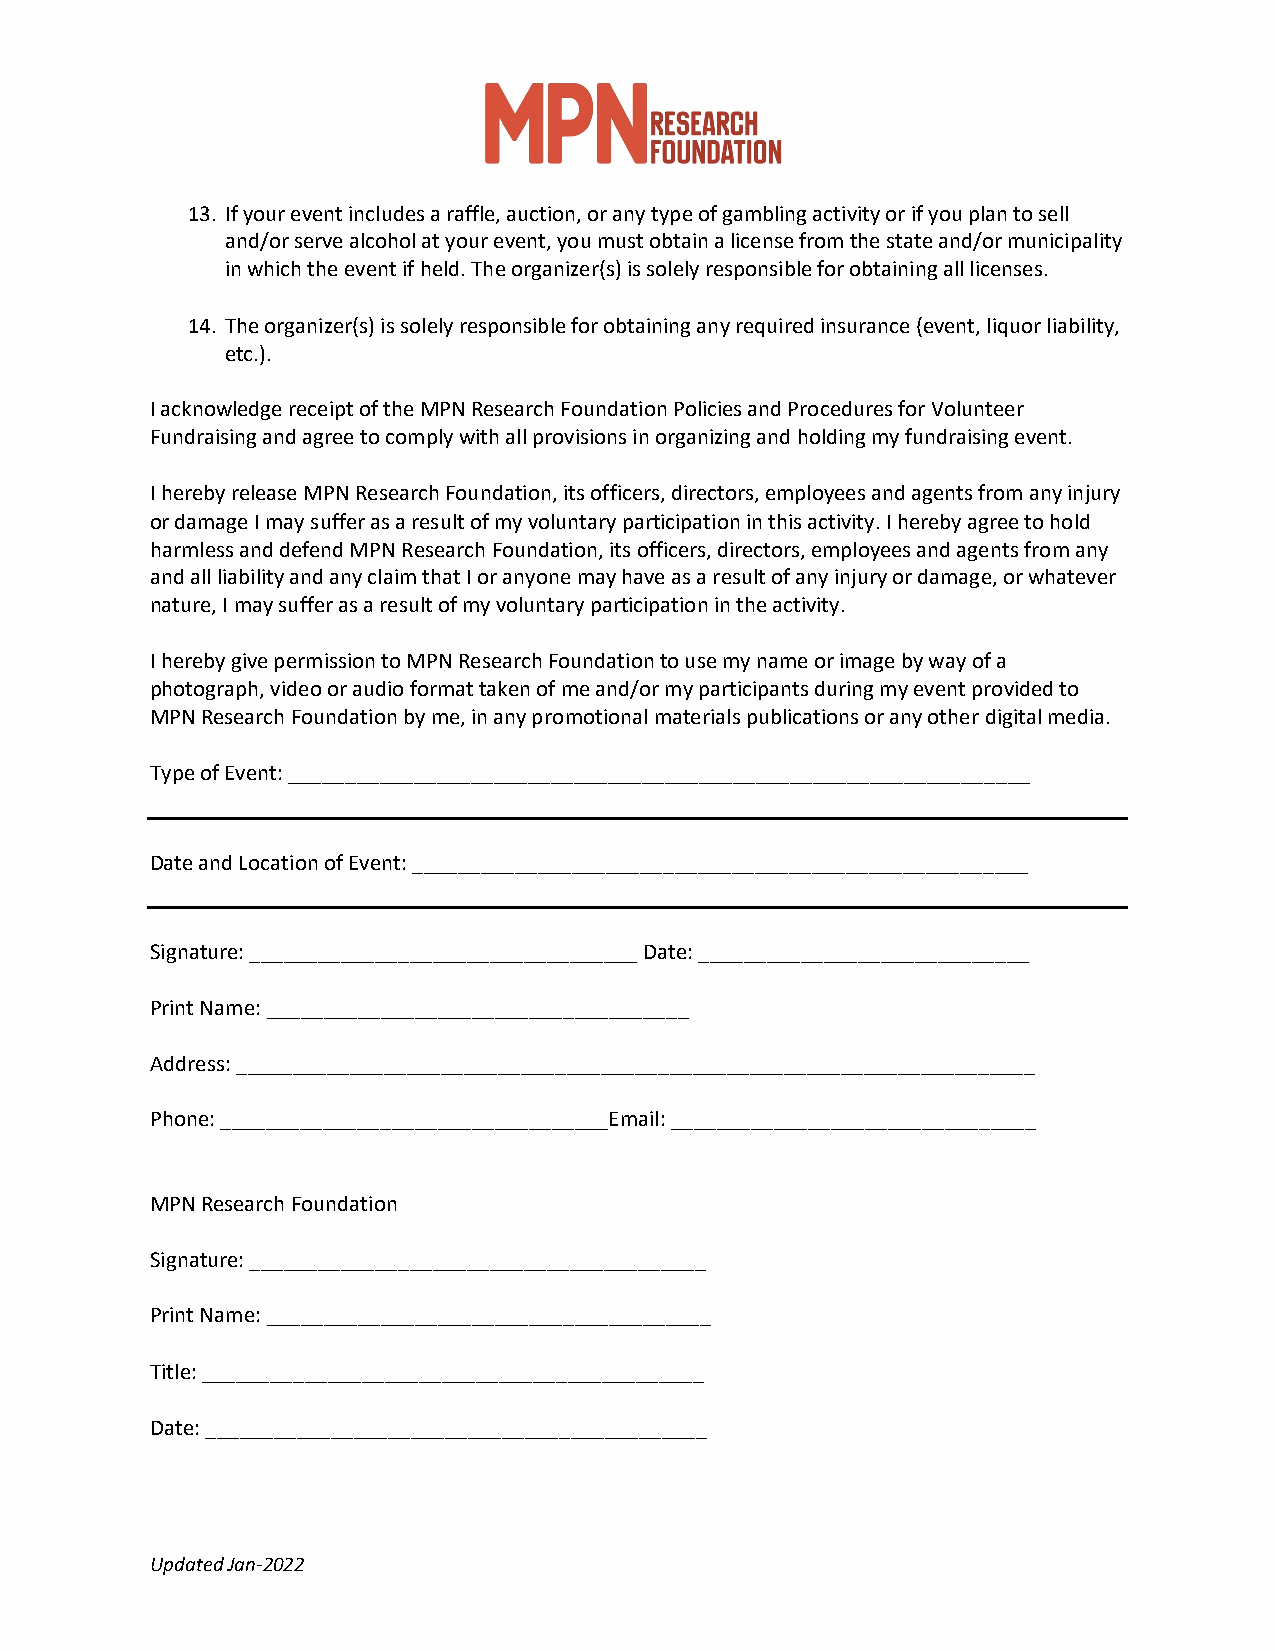
13. If your event includes a raffle, auction, or any type of gambling activity or if you plan to sell
 and/or serve alcohol at your event, you must obtain a license from the state and/or municipality
 in which the event if held. The organizer(s) is solely responsible for obtaining all licenses.
 14. The organizer(s) is solely responsible for obtaining any required insurance (event, liquor liability,
 etc.).
 I acknowledge receipt of the MPN Research Foundation Policies and Procedures for Volunteer
 Fundraising and agree to comply with all provisions in organizing and holding my fundraising event.
 I hereby release MPN Research Foundation, its officers, directors, employees and agents from any injury
 or damage I may suffer as a result of my voluntary participation in this activity. I hereby agree to hold
 harmless and defend MPN Research Foundation, its officers, directors, employees and agents from any
 and all liability and any claim that I or anyone may have as a result of any injury or damage, or whatever
 nature, I may suffer as a result of my voluntary participation in the activity.
 I hereby give permission to MPN Research Foundation to use my name or image by way of a
 photograph, video or audio format taken of me and/or my participants during my event provided to
 MPN Research Foundation by me, in any promotional materials publications or any other digital media.
 Type of Event: _________________________________________________________________
 Date and Location of Event: ______________________________________________________
 Signature: __________________________________ Date: _____________________________
 Print Name: _____________________________________
 Address: ______________________________________________________________________
 Phone: __________________________________Email: ________________________________
 MPN Research Foundation
 Signature: ________________________________________
 Print Name: _______________________________________
 Title: ____________________________________________
 Date: ____________________________________________
 Updated Jan-2022